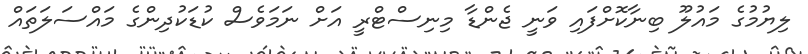
ލިޔުމުގެ މައުލޫ ބިނާކޮށްފައި ވަނީ ޖެންޑާ މިނިސްޓްރީ އަށް ނަމަވެސް ކުޑަކުދިންގެ މައްސަލަތައް